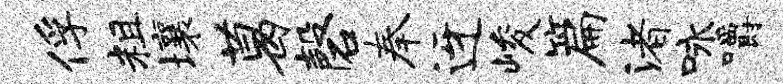
俘粗壤葛磬奉迓峻篇渚咏嚼